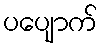
ပပျောက်